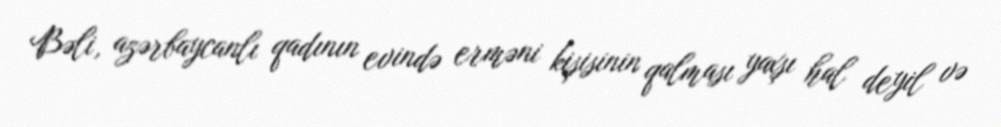
Bəli, azərbaycanlı qadının evində erməni kişisinin qalması yaxşı hal deyil və